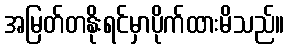
အမြတ်တနိုးရင်မှာပိုက်ထားမိသည်။